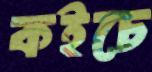
কইচে